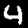
Digit: 4